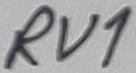
Text: RV1